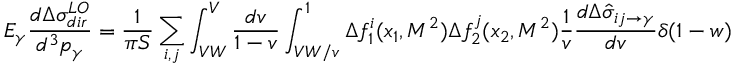
E _ { \gamma } \frac { d \Delta \sigma _ { d i r } ^ { L O } } { d ^ { 3 } p _ { \gamma } } = \frac { 1 } { \pi S } \sum _ { i , j } \int _ { V W } ^ { V } \frac { d v } { 1 - v } \int _ { V W / v } ^ { 1 } \Delta f _ { 1 } ^ { i } ( x _ { 1 } , M ^ { 2 } ) \Delta f _ { 2 } ^ { j } ( x _ { 2 } , M ^ { 2 } ) \frac { 1 } { v } \frac { d \Delta \hat { \sigma } _ { i j \rightarrow \gamma } } { d v } \delta ( 1 - w )